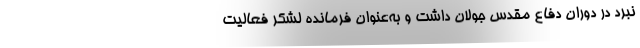
نبرد در دوران دفاع مقدس جولان داشت و به‌عنوان فرمانده لشکر فعالیت